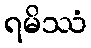
ရမိဿံ